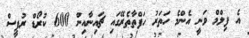
އެ ފިލްމް ވަނީ އެންމެ ހަތަރު ހަފްތާތެރޭގައި ޗައިނާއިން 600 ކުރޯޑް ރުޕީސް